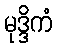
မုဒ္ဒိကံ